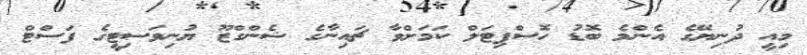
މިއީ ދުނިޔޭގެ އެންމެ ބޮޑު ހޮސްޕިޓަލް ކަމަށްވާ ޗައިނާގެ ޝެންގްޒޫ ޔުނިވަސިޓީގެ ފަސްޓް